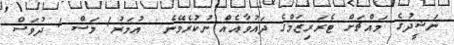
ނަޝީދުގެ މައްޗަށް ޓެރަރިޒަމްގެ ދައުވާއެއް ނުކުރެވޭނެ  އުމަރު1 މަސް 1 ދުވަސް